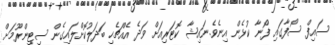
ސައިފް ސޯފާގައި ފޯނާ ކުޅެން އިނެވެ.ނައިޝާ ކޮޓަރިއަށް ވަދެ އެއްޗެހި ބަދަލުކޮށްލައިގެން ސިޓިންރޫމަށް